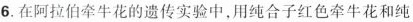
6.在阿拉伯牵牛花的遗传实验中,用纯合子红色牵牛花和纯